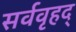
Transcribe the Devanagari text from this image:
सर्ववृहद्